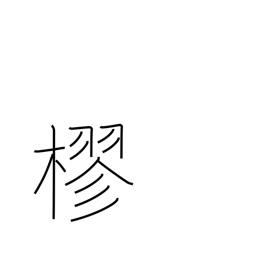
Meaning: to entwine